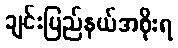
ချင်းပြည်နယ်အစိုးရ